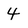
Character: 4